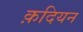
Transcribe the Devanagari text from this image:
क़दियन